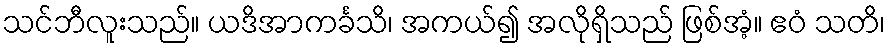
သင်ဘီလူးသည်။ ယဒိအာကင်္ခသိ၊ အကယ်၍ အလိုရှိသည် ဖြစ်အံ့။ ဧဝံ သတိ၊